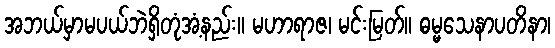
အဘယ်မှာမပယ်ဘဲရှိတုံအံ့နည်း။ မဟာရာဇ၊ မင်းမြတ်။ ဓမ္မသေနာပတိနာ၊